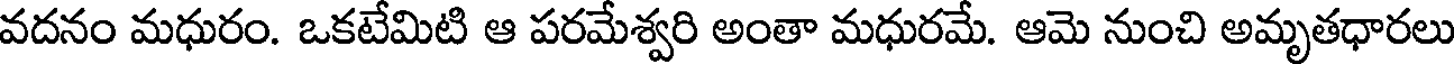
వదనం మధురం. ఒకటేమిటి ఆ పరమేశ్వరి అంతా మధురమే. ఆమె నుంచి అమృతధారలు